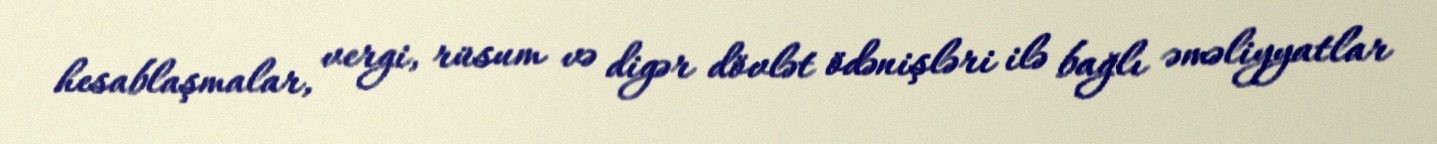
hesablaşmalar, vergi, rüsum və digər dövlət ödənişləri ilə bağlı əməliyyatlar